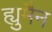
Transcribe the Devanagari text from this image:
ह्युमैन